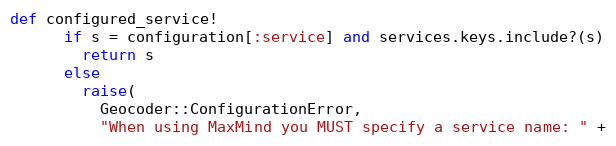
Language: Ruby
def configured_service!
      if s = configuration[:service] and services.keys.include?(s)
        return s
      else
        raise(
          Geocoder::ConfigurationError,
          "When using MaxMind you MUST specify a service name: " +